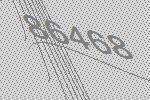
86468